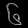
Digit: ၆